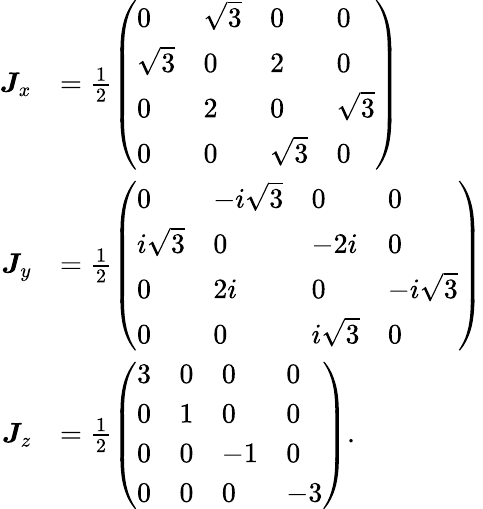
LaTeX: {\begin{array}{rl}{{\boldsymbol{J}}_{x}}&{={\frac{1}{2}}{\left(\begin{array}{llll}{0}&{{\sqrt{3}}}&{0}&{0}\\ {{\sqrt{3}}}&{0}&{2}&{0}\\ {0}&{2}&{0}&{{\sqrt{3}}}\\ {0}&{0}&{{\sqrt{3}}}&{0}\end{array}\right)}}\\ {{\boldsymbol{J}}_{y}}&{={\frac{1}{2}}{\left(\begin{array}{llll}{0}&{-i{\sqrt{3}}}&{0}&{0}\\ {i{\sqrt{3}}}&{0}&{-2i}&{0}\\ {0}&{2i}&{0}&{-i{\sqrt{3}}}\\ {0}&{0}&{i{\sqrt{3}}}&{0}\end{array}\right)}}\\ {{\boldsymbol{J}}_{z}}&{={\frac{1}{2}}{\left(\begin{array}{llll}{3}&{0}&{0}&{0}\\ {0}&{1}&{0}&{0}\\ {0}&{0}&{-1}&{0}\\ {0}&{0}&{0}&{-3}\end{array}\right)}.}\end{array}}